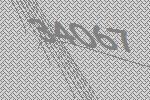
34067